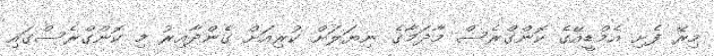
މިރޭ ފެށި އެމްޑީއޭގެ ކޮންގްރެސް މާދަމާގެ ނިޔަލަށް ކުރިއަށް ގެންދާއިރު މި ކޮންގްރެސްގައި